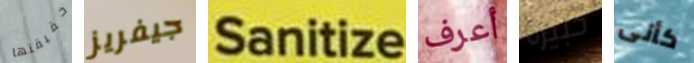
حقيقتها جيفريز Sanitize أعرف كبيره كأنى